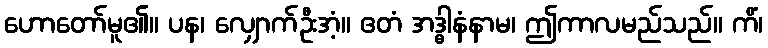
ဟောတော်မူ၏။ ပန၊ လျှောက်ဦးအံ့။ ဧတံ အဒ္ဓါနံနာမ၊ ဤကာလမည်သည်။ ကိံ၊